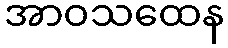
အာဝသထေန